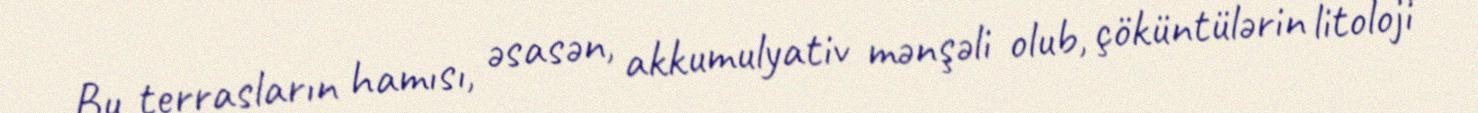
Bu terrasların hamısı, əsasən, akkumulyativ mənşəli olub, çöküntülərin litoloji